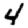
Digit: 4